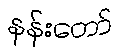
နန်းတော်